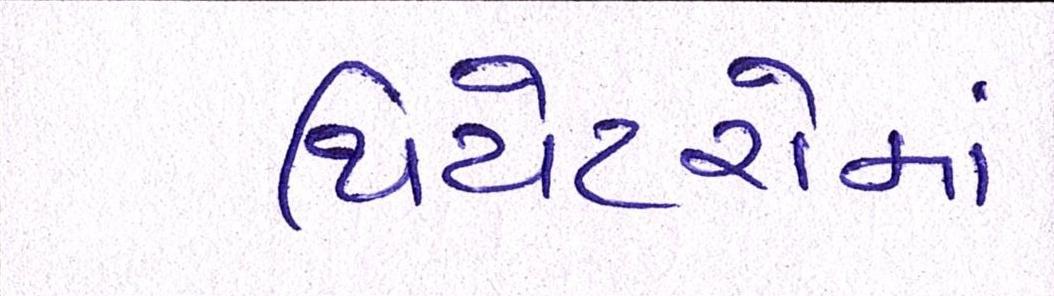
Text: થિયેટરોમાં